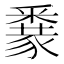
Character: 𨤜